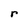
Character: r